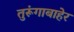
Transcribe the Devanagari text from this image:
तुरूंगाबाहेर